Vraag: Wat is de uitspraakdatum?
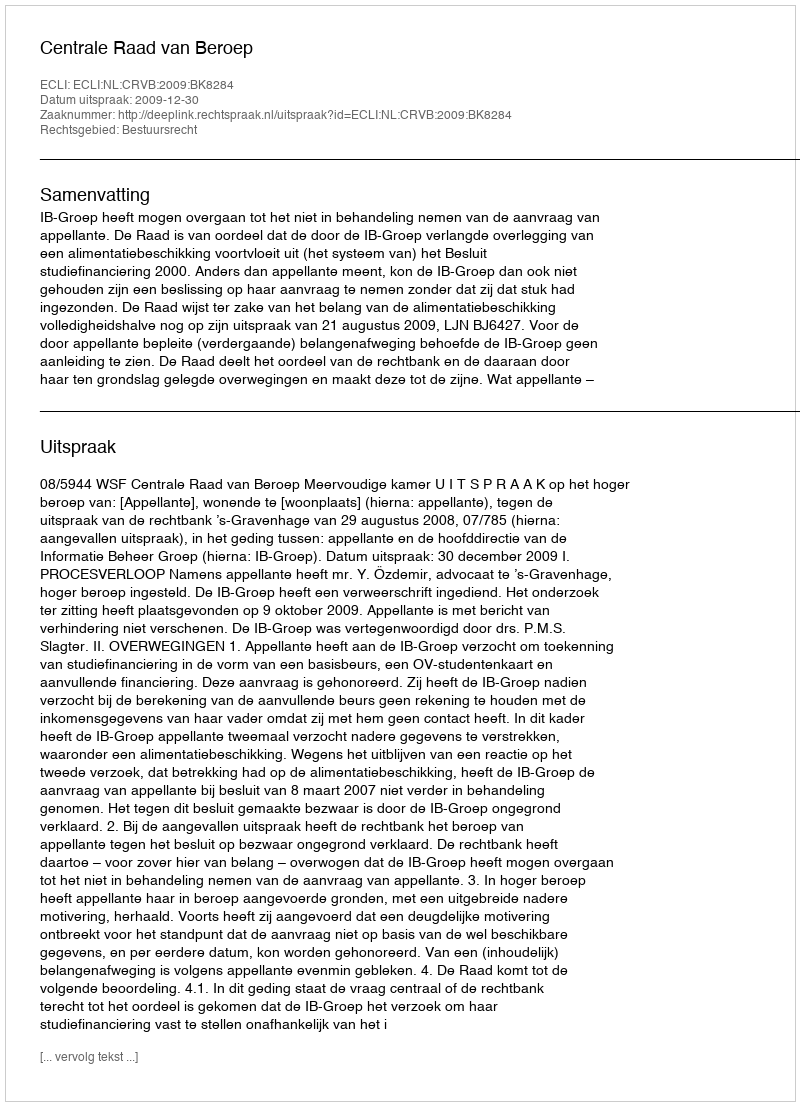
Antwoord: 2009-12-30